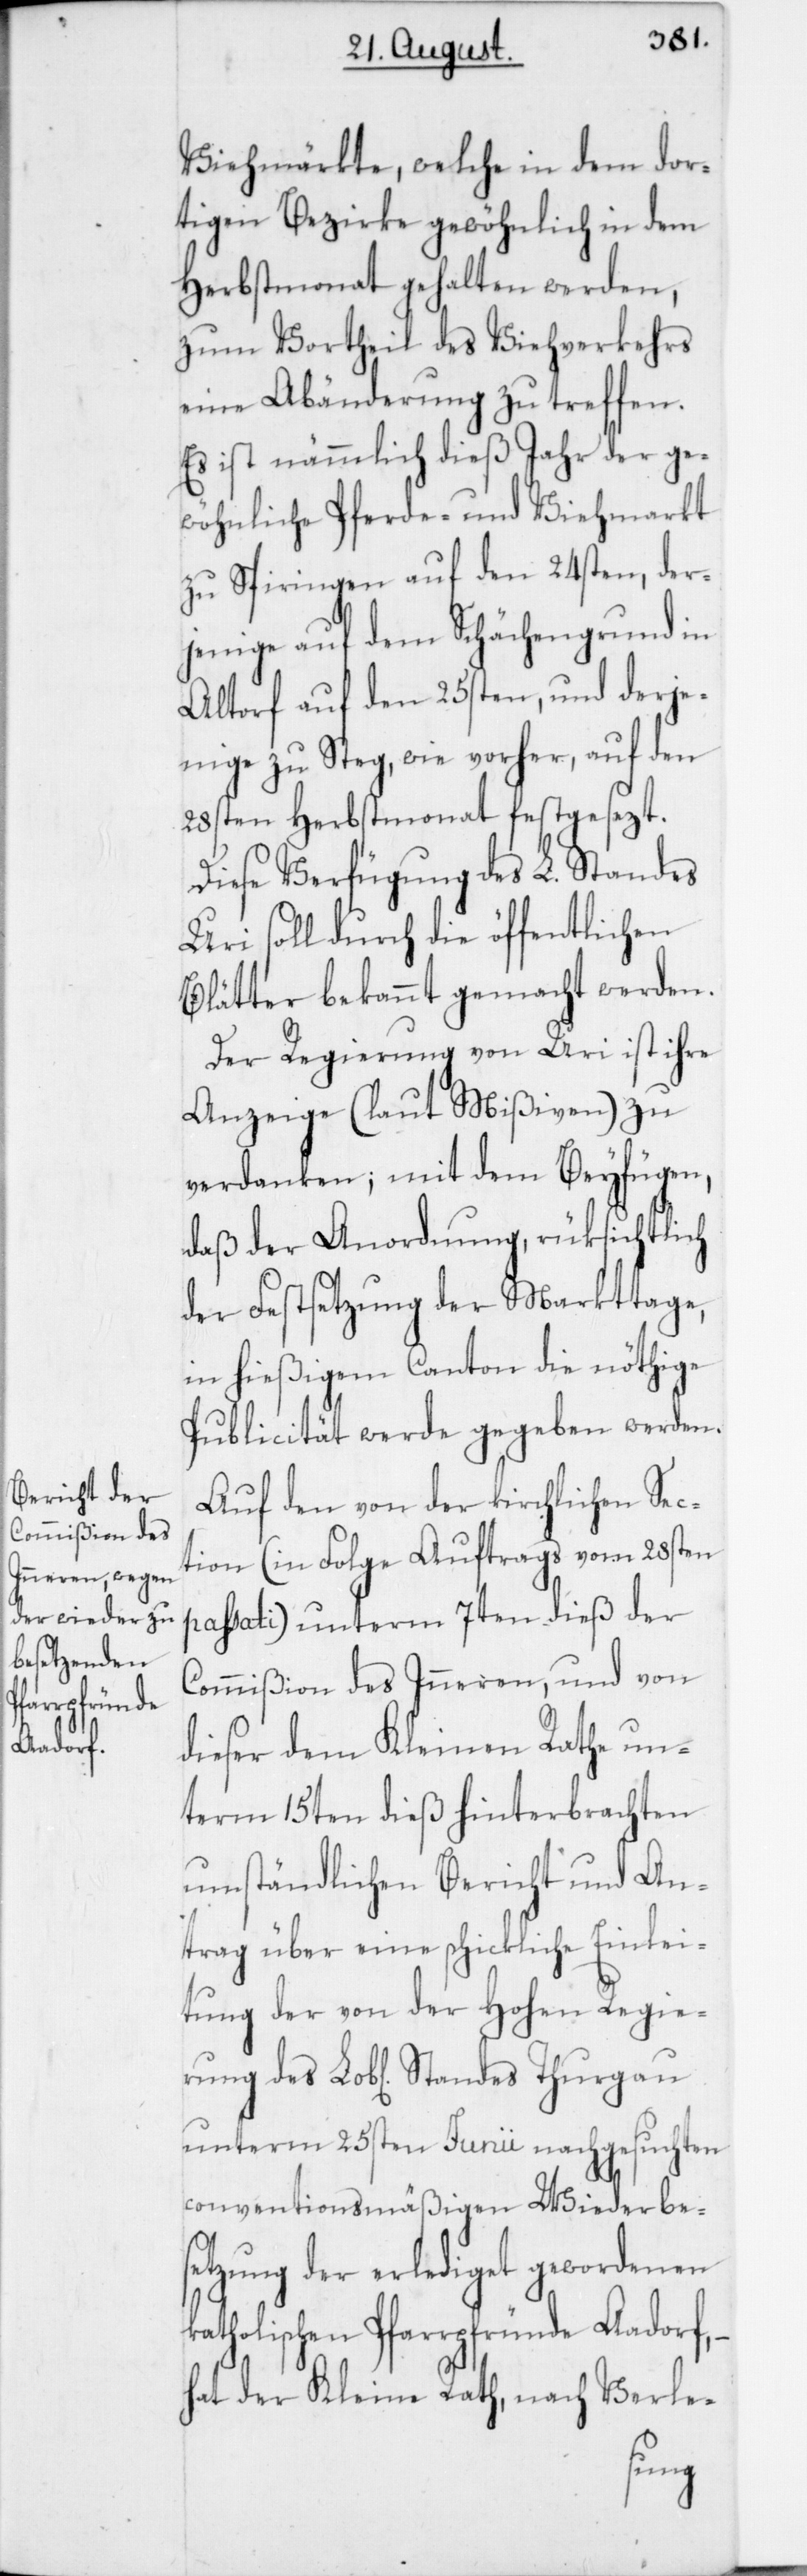
Viehmärkte, welche in dem dor¬
tigen Bezirke gewöhnlich in dem
Herbstmonat gehalten werden,
zum Vortheil des Viehverkehrs
eine Abänderung zu treffen.
Es ist nämmlich dieß Jahr der ge¬
wöhnliche Pferde- und Viehmarkt
zu Spiringen auf den 24sten, der¬
jenige auf dem Schächengrund in
Altorf auf den 25sten, und derje¬
nige zu Steg, wie vorher, auf den
28sten Herbstmonat festgesezt.
Diese Verfügung des L. Standes
Uri soll durch die öffentlichen
Blätter bekannt gemacht werden.
Der Regierung von Uri ist ihre
Anzeige (laut Mißiven) zu
verdanken, mit dem Beyfügen,
daß der Anordnung, rüksichtlich
der Festsetzung der Markttage,
in hießigem Canton die nöthige
Publicität werde gegeben werden.
Auf den von der kirchlichen Sec¬
tion (in folge Auftrags vom 28sten
passati) unterm 7ten dieß der
Commißion des Inneren, und von
dieser dem Kleinen Rathe un¬
term 15ten dieß hinterbrachten
umständlichen Bericht und An¬
trag über eine schickliche Einlei¬
tung der von der Hohen Regie¬
unterm 25sten Junii nachgesuchten
conventionsmäßigen Wiederbes¬
etzung der erlediget gewordenen
katholischen Pfarrpfründe Aadorf, –
hat der Kleine Rath, nach Verle-
rung